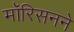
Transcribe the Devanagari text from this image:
मॉरिसनने